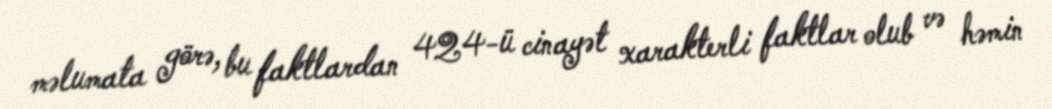
məlumata görə, bu faktlardan 424-ü cinayət xarakterli faktlar olub və həmin